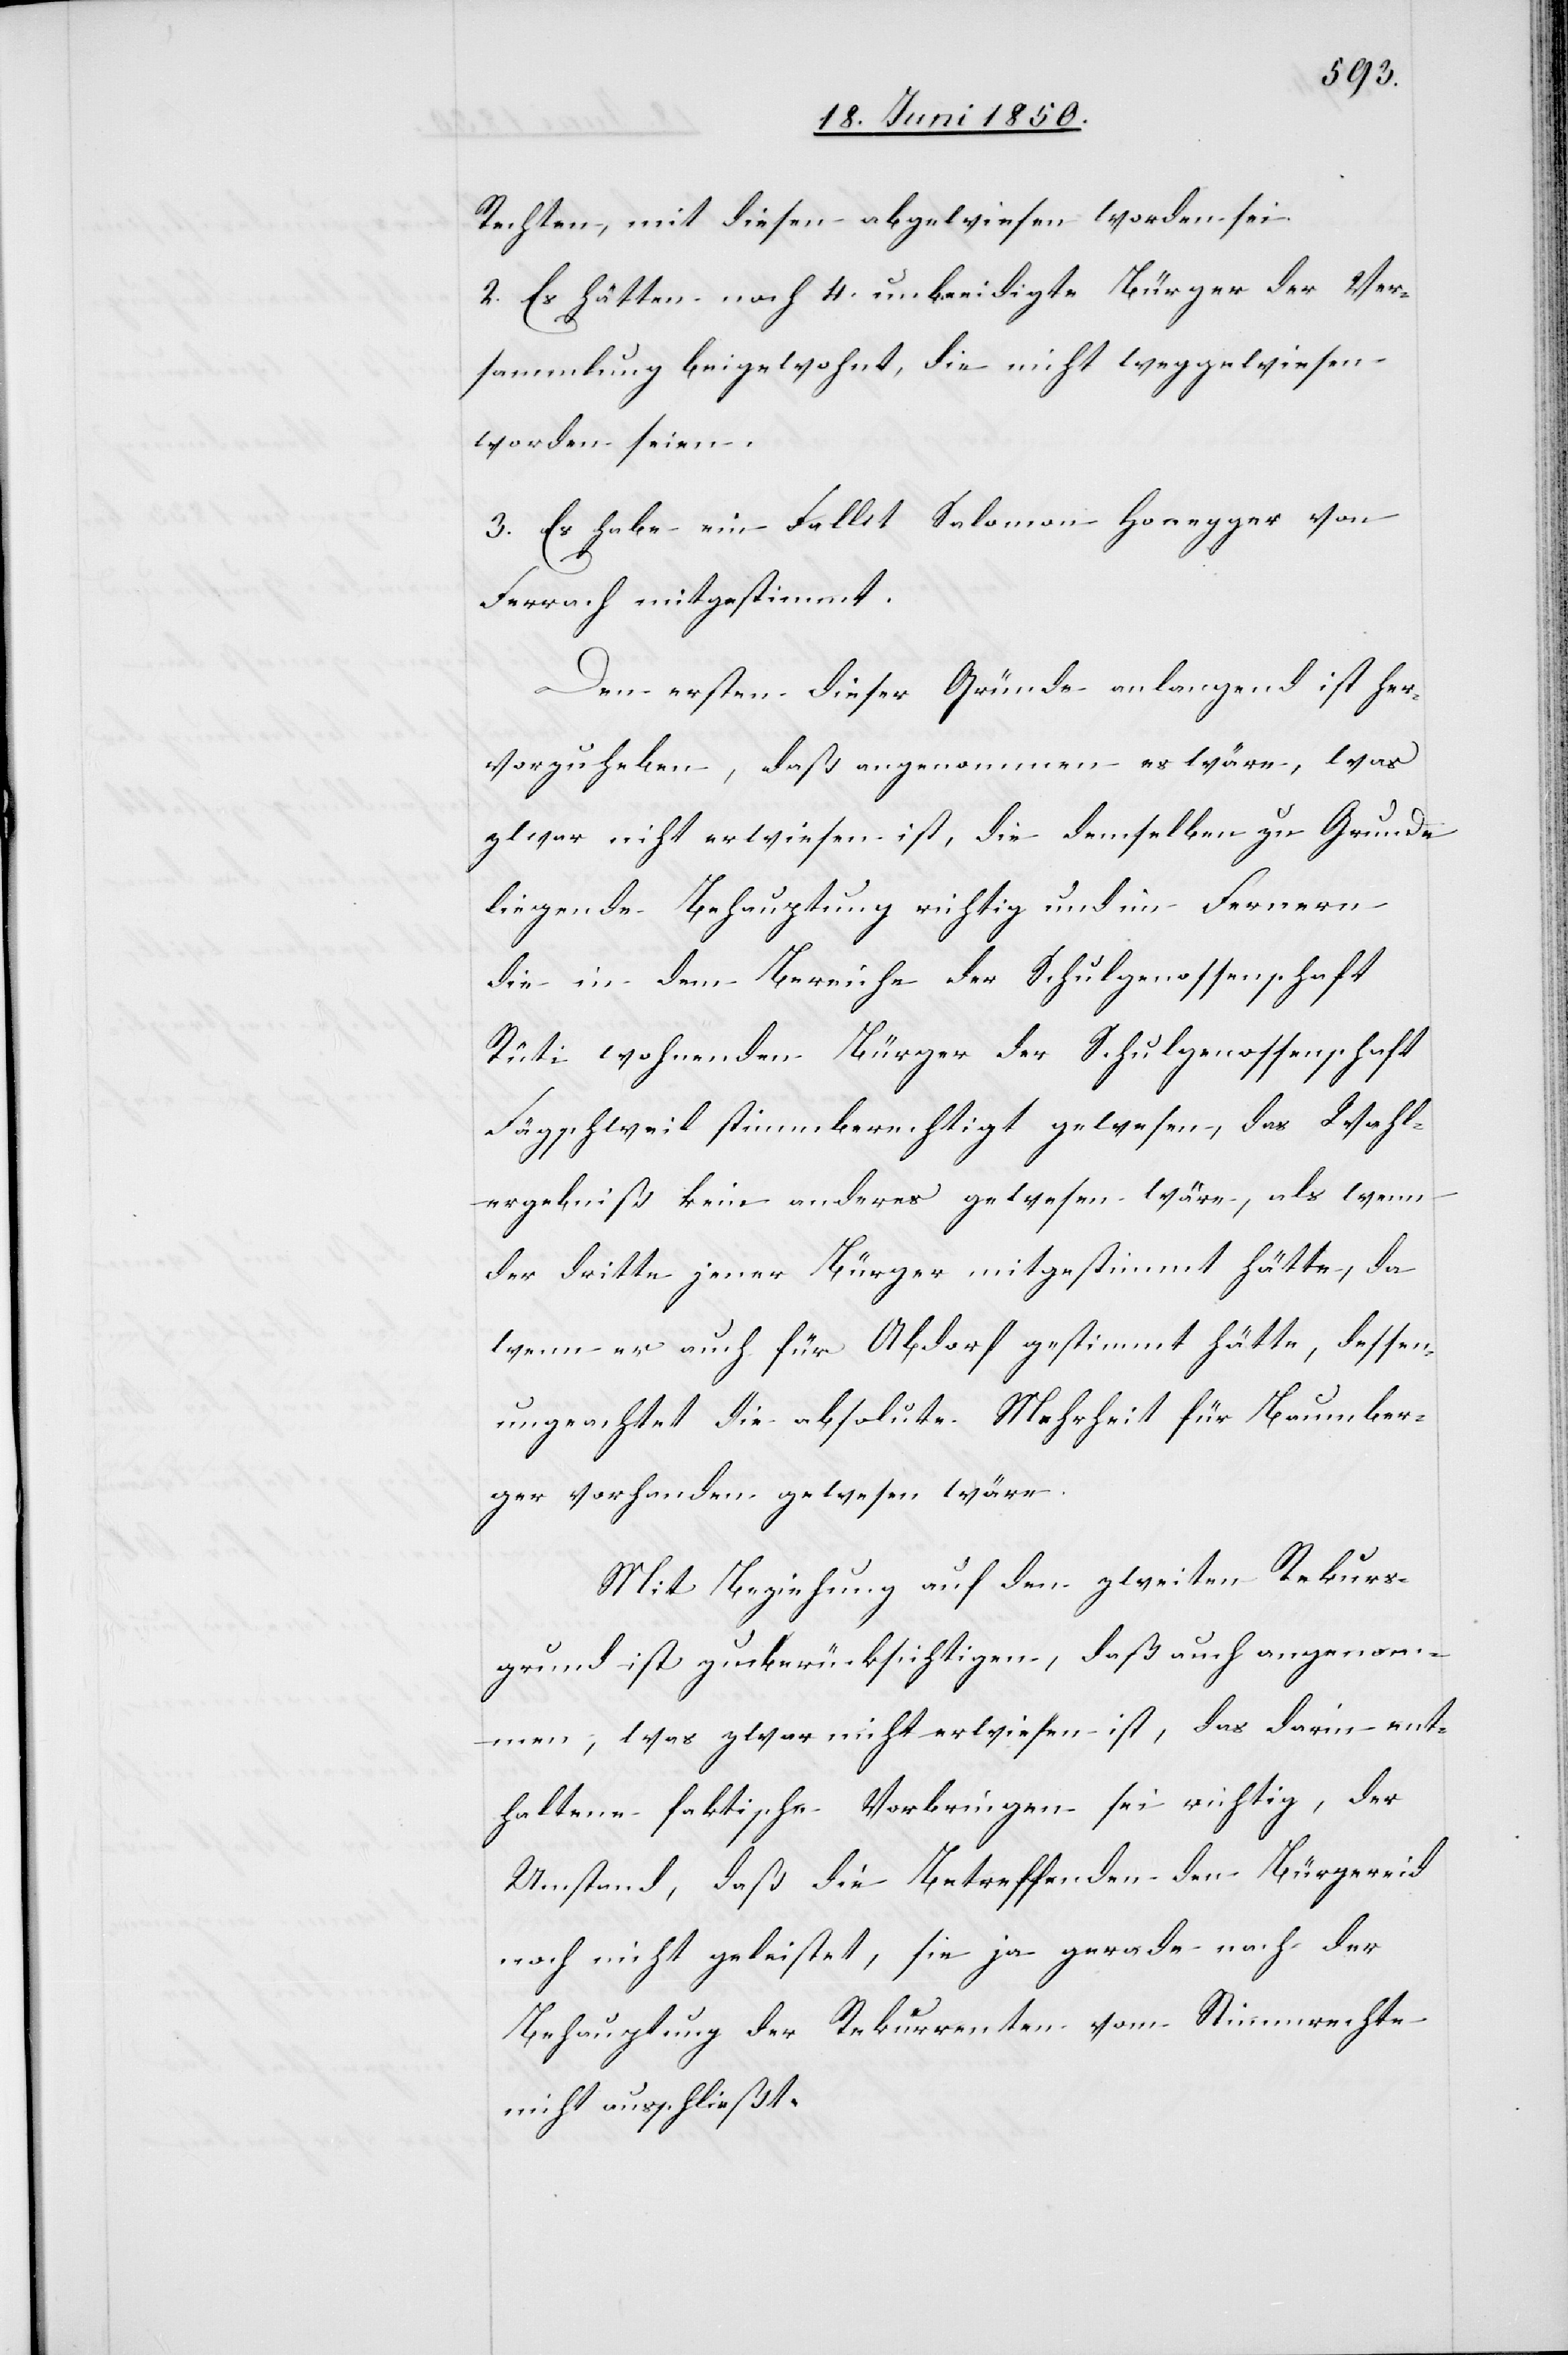
Rechten, mit diesen abgewiesen worden sei.
2. Es hätten noch 4. unbeeidigte Bürger der Ver¬
sammlung beigewohnt, die nicht weggewiesen
worden seien.
3. Es habe ein Fallit Salomon Honegger von
Ferrach mitgestimmt.
Den ersten dieser Gründe anlangend ist her¬
vorzuheben, daß angenommen es wäre, was
zwar nicht erwiesen ist, die demselben zu Grunde
liegende Behauptung richtig und im Fernern
die in dem Berichte der Schulgenossenschaft
Rüti wohnenden Bürger der Schulgenossenschaft
Fägschweil stimmberechtigt gewesen, das Wahl¬
ergebniß kein anderes gewesen wäre, als wenn
der dritte jener Bürger mitgestimmt hätte, da
wenn er auch für Abdorf gestimmt hätte, dessen
ungeachtet die absolute Mehrheit für Baumber¬
ger vorhanden gewesen wäre.
Mit Beziehung auf den zweiten Rekurs¬
grund ist zu berücksichtigen, daß auch angenom¬
men, was zwar nicht erwiesen ist, das darin ent¬
haltene faktische Vorbringen sei richtig, der
Umstand, daß die Betreffenden den Bürgereid
noch nicht geleistet, sie ja gerade nach der
Behauptung der Rekurrenten vom Stimmrechte
nicht ausschließt.